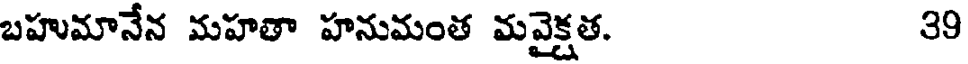
బహుమానేన మహతా హనుమంత మవైక్షత. 39